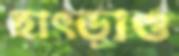
হাৎড়াও